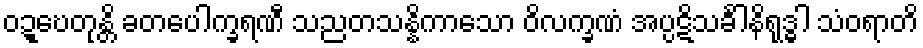
ဝဍ္ဎေတုန္တိ ခတပေါက္ခရဏီ သညတသန္နိကာသော ဝိလက္ခဏံ အပ္ပဋိသင်္ခါနိရုဒ္ဓါ သံဝရာတိ